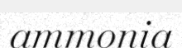
ammonia